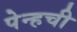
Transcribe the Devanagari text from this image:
पेन्हची